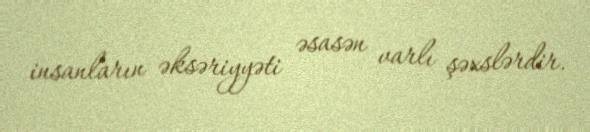
insanların əksəriyyəti əsasən varlı şəxslərdir.